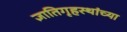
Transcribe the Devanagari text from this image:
ज्ञातिगृहस्थांच्या